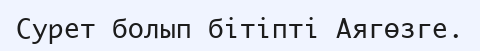
Сурет болып бітіпті Аягөзге.